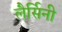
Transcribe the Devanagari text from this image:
लैर्सिनी